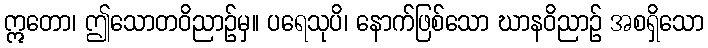
ဣတော၊ ဤသောတဝိညာဉ်မှ။ ပရေသုပိ၊ နောက်ဖြစ်သော ဃာနဝိညာဉ် အစရှိသော